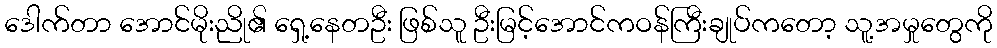
ဒေါက်တာ အောင်မိုးညို၏ ရှေ့နေတဦး ဖြစ်သူ ဦးမြင့်အောင်ကဝန်ကြီးချုပ်ကတော့ သူ့အမှုတွေကို